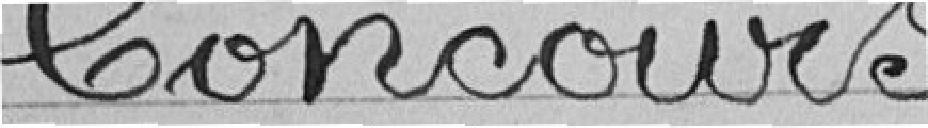
Concours